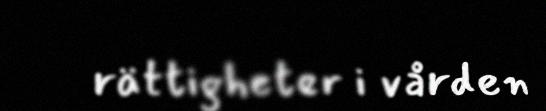
rättigheter i vården